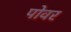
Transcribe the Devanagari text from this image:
पोवर